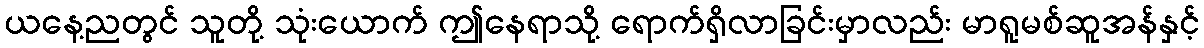
ယနေ့ညတွင် သူတို့ သုံးယောက် ဤနေရာသို့ ရောက်ရှိလာခြင်းမှာလည်း မာရူမစ်ဆူအန်နှင့်